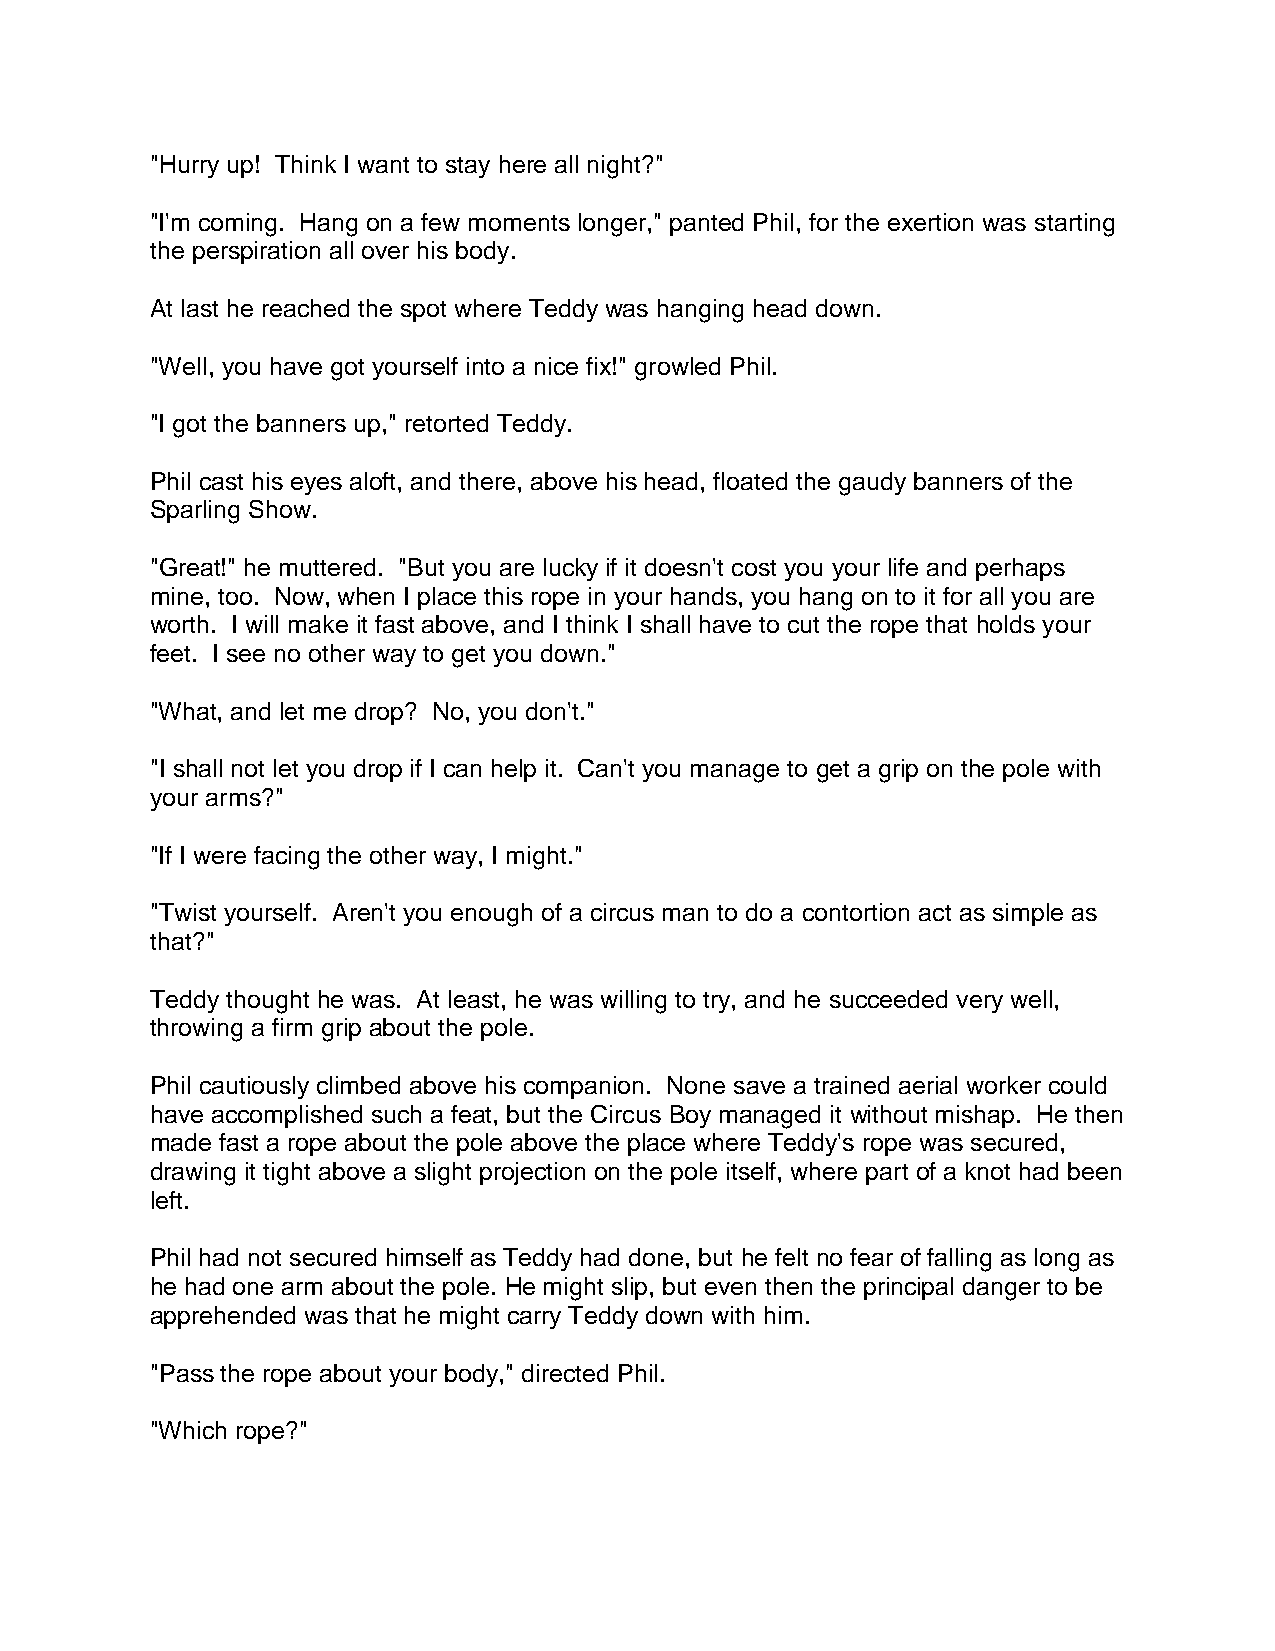
"Hurry up! Think I want to stay here all night?"
 "I'm coming. Hang on a few moments longer," panted Phil, for the exertion was starting
 the perspiration all over his body.
 At last he reached the spot where Teddy was hanging head down.
 "Well, you have got yourself into a nice fix!" growled Phil.
 "I got the banners up," retorted Teddy.
 Phil cast his eyes aloft, and there, above his head, floated the gaudy banners of the
 Sparling Show.
 "Great!" he muttered. "But you are lucky if it doesn't cost you your life and perhaps
 mine, too. Now, when I place this rope in your hands, you hang on to it for all you are
 worth. I will make it fast above, and I think I shall have to cut the rope that holds your
 feet. I see no other way to get you down."
 "What, and let me drop? No, you don't."
 "I shall not let you drop if I can help it. Can't you manage to get a grip on the pole with
 your arms?"
 "If I were facing the other way, I might."
 "Twist yourself. Aren't you enough of a circus man to do a contortion act as simple as
 that?"
 Teddy thought he was. At least, he was willing to try, and he succeeded very well,
 throwing a firm grip about the pole.
 Phil cautiously climbed above his companion. None save a trained aerial worker could
 have accomplished such a feat, but the Circus Boy managed it without mishap. He then
 made fast a rope about the pole above the place where Teddy's rope was secured,
 drawing it tight above a slight projection on the pole itself, where part of a knot had been
 left.
 Phil had not secured himself as Teddy had done, but he felt no fear of falling as long as
 he had one arm about the pole. He might slip, but even then the principal danger to be
 apprehended was that he might carry Teddy down with him.
 "Pass the rope about your body," directed Phil.
 "Which rope?"